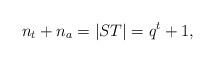
LaTeX: \begin{align*}n_t+n_a=|ST|=q^t+1, \end{align*}